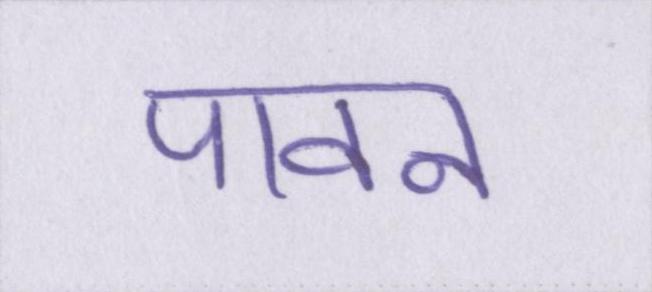
पावन